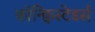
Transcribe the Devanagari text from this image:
कॉन्क्विस्टेडर्स